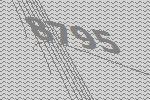
8795